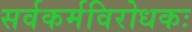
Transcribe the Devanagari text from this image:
सर्वकर्मविरोधकः